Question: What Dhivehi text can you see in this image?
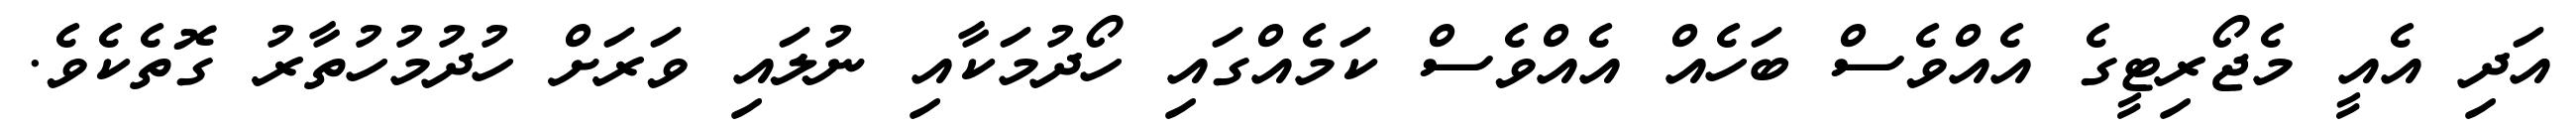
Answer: އަދި އެއީ މެޖޯރިޓީގެ އެއްވެސް ބަހެއް އެއްވެސް ކަމެއްގައި ހޯދުމަކާއި ނުލައި ވަރަށް ހުދުމުހުތާރު ގޮތެކެވެ.